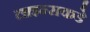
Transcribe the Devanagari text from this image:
लाइन्सकडे